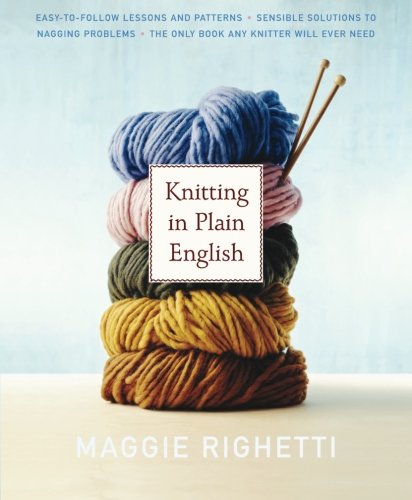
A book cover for Knitting in Plain English: The Only Book Any Knitter Will Ever Need; Maggie Righetti; Crafts, Hobbies & Home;